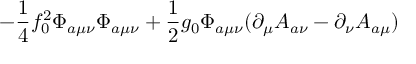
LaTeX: - \frac 1 4 f _ { 0 } ^ { 2 } \Phi _ { a \mu \nu } \Phi _ { a \mu \nu } + \frac 1 2 g _ { 0 } \Phi _ { a \mu \nu } ( \partial _ { \mu } A _ { a \nu } - \partial _ { \nu } A _ { a \mu } )